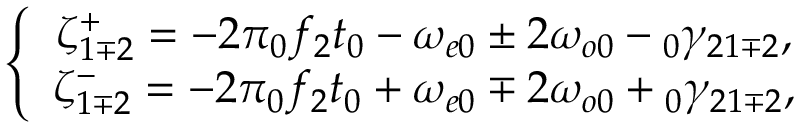
\left\{ \begin{array} { c } { \zeta _ { 1 \mp 2 } ^ { + } = - 2 \pi \phantom { } _ { 0 } f _ { 2 } t _ { 0 } - \omega _ { e 0 } \pm 2 \omega _ { o 0 } - \phantom { } _ { 0 } \gamma _ { 2 1 \mp 2 } , } \\ { \zeta _ { 1 \mp 2 } ^ { - } = - 2 \pi \phantom { } _ { 0 } f _ { 2 } t _ { 0 } + \omega _ { e 0 } \mp 2 \omega _ { o 0 } + \phantom { } _ { 0 } \gamma _ { 2 1 \mp 2 } , } \end{array} \right.